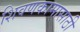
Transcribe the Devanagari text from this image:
शिवणकामासाठी